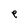
Character: e